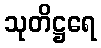
သုတိဋ္ဌရေ